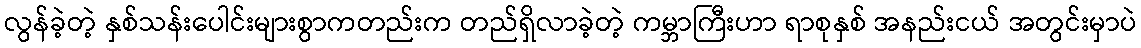
လွန်ခဲ့တဲ့ နှစ်သန်းပေါင်းများစွာကတည်းက တည်ရှိလာခဲ့တဲ့ ကမ္ဘာကြီးဟာ ရာစုနှစ် အနည်းငယ် အတွင်းမှာပဲ